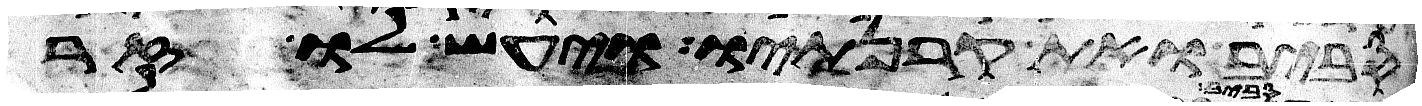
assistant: סביב ואת קרנתיו ויעש לו זר